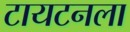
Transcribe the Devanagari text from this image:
टायटनला